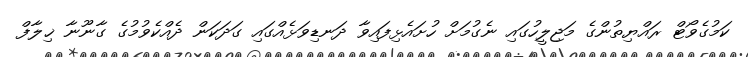
ކަމުގެވޯޓް ރައްޔިތުންގެ މަޖިލީހުގައި ނެގުމަށް ހުށައެޅިފައިވާ ދަނޑިވަޅެއްގައި ގަދަކަން ދެއްކެވުމުގެ ގާނޫނާ ޚިލާފް